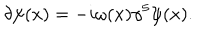
LaTeX: \delta \psi ( x ) = - i \omega ( x ) \gamma ^ { 5 } \psi ( x ) .